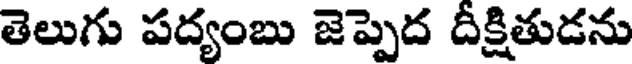
తెలుగు పద్యంబు జెప్పెద దీక్షితుడను